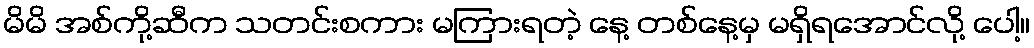
မိမိ အစ်ကို့ဆီက သတင်းစကား မကြားရတဲ့ နေ့ တစ်နေ့မှ မရှိရအောင်လို့ ပေါ့။